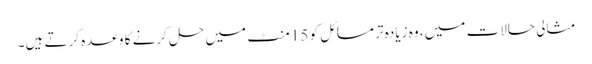
مثالی حالات میں ، وہ زیادہ تر مسائل کو 15 منٹ میں حل کرنے کا وعدہ کرتے ہیں۔